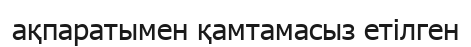
ақпаратымен қамтамасыз етілген